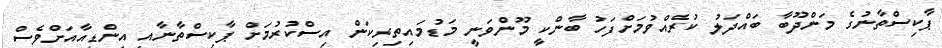
ޕާކިސްތާނުގެ މަންދޫބާ ބައްދަލު ކުރެއްވުމަށްފަހު ބާންކީ މޫންވަނީ މަޑުމައިތިރިކަން އިސްކުރުމަށް ޕާކިސްތާނާއި އިންޑިއާއަށްވެސް